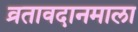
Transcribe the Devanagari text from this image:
व्रतावदानमाला